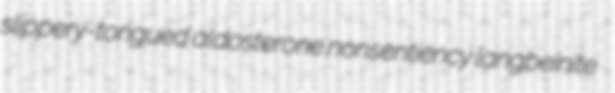
slippery-tongued aldosterone nonsentiency langbeinite